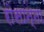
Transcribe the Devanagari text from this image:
रोसान्ना